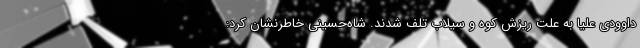
داوودی علیا به علت ریزش کوه و سیلاب تلف شدند. شاه‌حسینی خاطرنشان کرد: